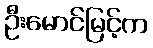
ဦးမောင်မြင့်က